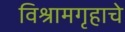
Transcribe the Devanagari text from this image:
विश्रामगृहाचे